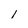
Character: 1